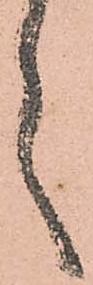
言